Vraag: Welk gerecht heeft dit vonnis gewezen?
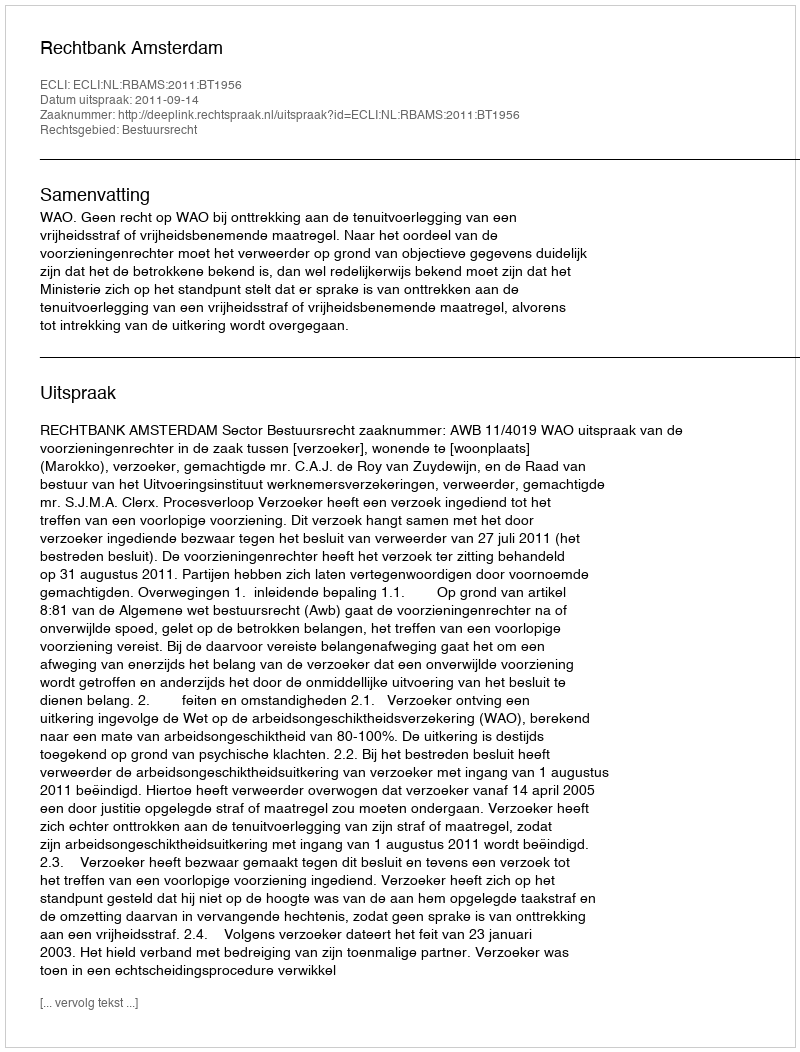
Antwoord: Rechtbank Amsterdam